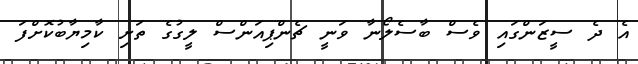
އެ ދެ ސީޒަންގައި ވެސް ބާސެލޯނާ ވަނީ ޗެންޕިއަންސް ލީގުގެ ތަށި ކާމިޔާބުކޮށްފަ